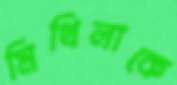
মিথিলাকে